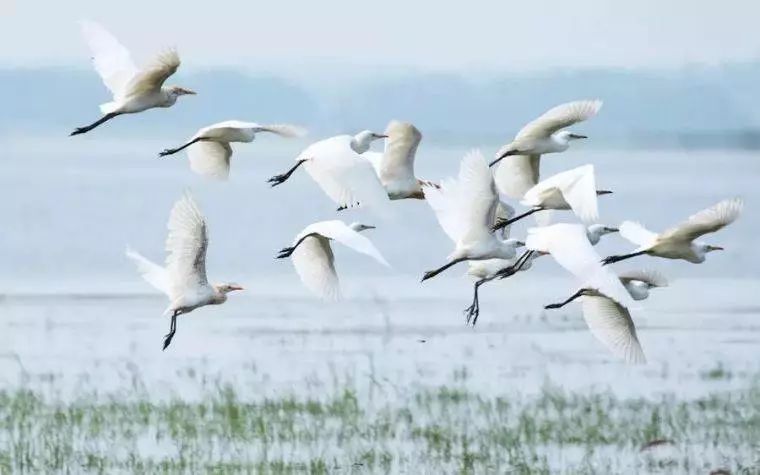
渌水净素月，月明白鹭飞。